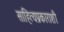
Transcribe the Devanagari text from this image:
साहित्यप्रकाराशी